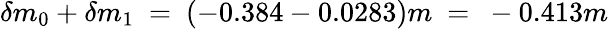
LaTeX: \delta m_{0}+\delta m_{1}~=~(-0.384-0.0283)m~=~-0.413m